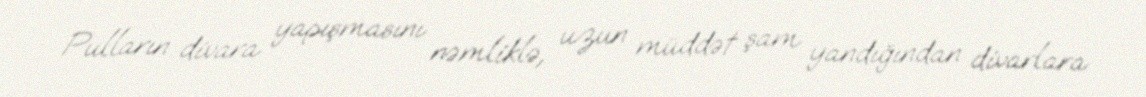
Pulların divara yapışmasını nəmliklə, uzun müddət şam yandığından divarlara